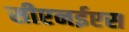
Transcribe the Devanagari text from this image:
सीएनईएस